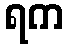
ရက